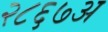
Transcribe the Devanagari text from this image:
२८६७अ